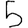
Digit: 5